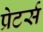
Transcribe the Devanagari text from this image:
प्रेटर्स